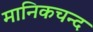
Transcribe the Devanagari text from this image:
मानिकचन्द